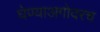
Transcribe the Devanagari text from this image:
घेण्याअगोदरच